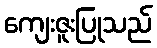
ကျေးဇူးပြုသည်